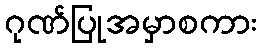
ဂုဏ်ပြုအမှာစကား